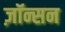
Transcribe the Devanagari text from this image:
ज़ॉन्सन